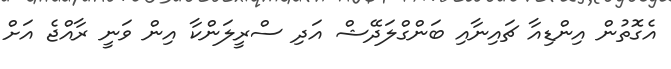
އެގޮތުން އިންޑިއާ ޗައިނާއި ބަންގްލަދޭޝް އަދި ސްރީލަންކާ އިން ވަނީ ރާއްޖެ އަށް